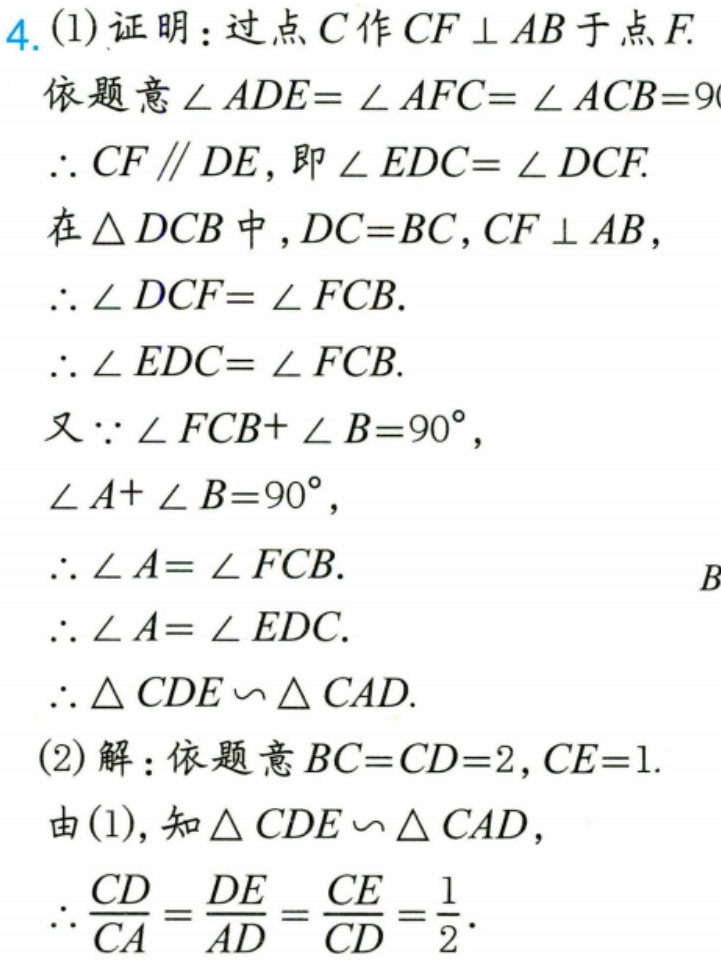
4. (1)证明：过点\(C\)作\(CF\perp AB\)于点\(F\).
依题意\(\angle ADE = \angle AFC=\angle ACB = 90^{\circ}\).
\(\therefore CF\parallel DE\)，即\(\angle EDC=\angle DCF\).
在\(\triangle DCB\)中，\(DC = BC\)，\(CF\perp AB\)，
\(\therefore\angle DCF=\angle FCB\).
\(\therefore\angle EDC=\angle FCB\).
又\(\because\angle FCB+\angle B = 90^{\circ}\)，
\(\angle A+\angle B = 90^{\circ}\)，
\(\therefore\angle A=\angle FCB\).
\(B\)
\(\therefore\angle A=\angle EDC\).
\(\therefore\triangle CDE\sim\triangle CAD\).
(2)解：依题意\(BC = CD = 2\)，\(CE = 1\).
由(1)，知\(\triangle CDE\sim\triangle CAD\)，
\(\therefore\frac{CD}{CA}=\frac{DE}{AD}=\frac{CE}{CD}=\frac{1}{2}\).